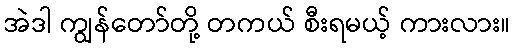
အဲဒါ ကျွန်တော်တို့ တကယ် စီးရမယ့် ကားလား။